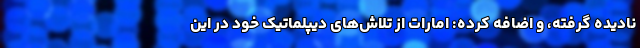
نادیده گرفته، و اضافه کرده: امارات از تلاش‌های دیپلماتیک خود در این